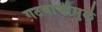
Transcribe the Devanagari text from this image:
गटबाजीमुळे